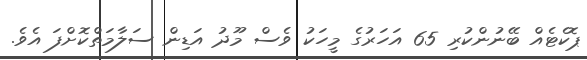
ޕޮކެޓެއް ބޭނުންކުރި 65 އަހަރުގެ މީހަކު ވެސް މޫދު އަޑިން ސަލާމަތްކޮށްފަ އެވެ.